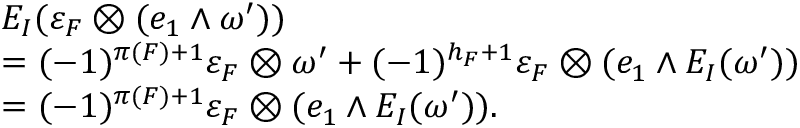
\begin{array} { r l } & { E _ { I } ( \varepsilon _ { F } \otimes ( e _ { 1 } \wedge \omega ^ { \prime } ) ) } \\ & { = ( - 1 ) ^ { \pi ( F ) + 1 } \varepsilon _ { F } \otimes \omega ^ { \prime } + ( - 1 ) ^ { h _ { F } + 1 } \varepsilon _ { F } \otimes ( e _ { 1 } \wedge E _ { I } ( \omega ^ { \prime } ) ) } \\ & { = ( - 1 ) ^ { \pi ( F ) + 1 } \varepsilon _ { F } \otimes ( e _ { 1 } \wedge E _ { I } ( \omega ^ { \prime } ) ) . } \end{array}